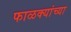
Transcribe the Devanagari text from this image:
फाळक्यांच्या